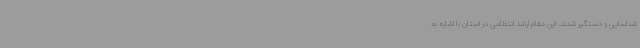
شناسایی و دستگیر شدند. این مقام ارشد انتظامی در استان با اشاره به